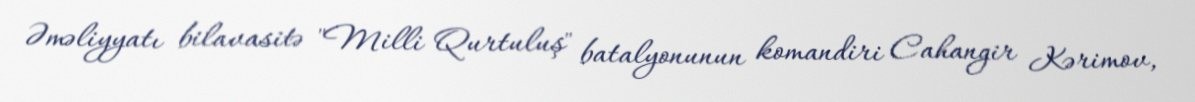
Əməliyyatı bilavasitə "Milli Qurtuluş" batalyonunun komandiri Cahangir Kərimov,